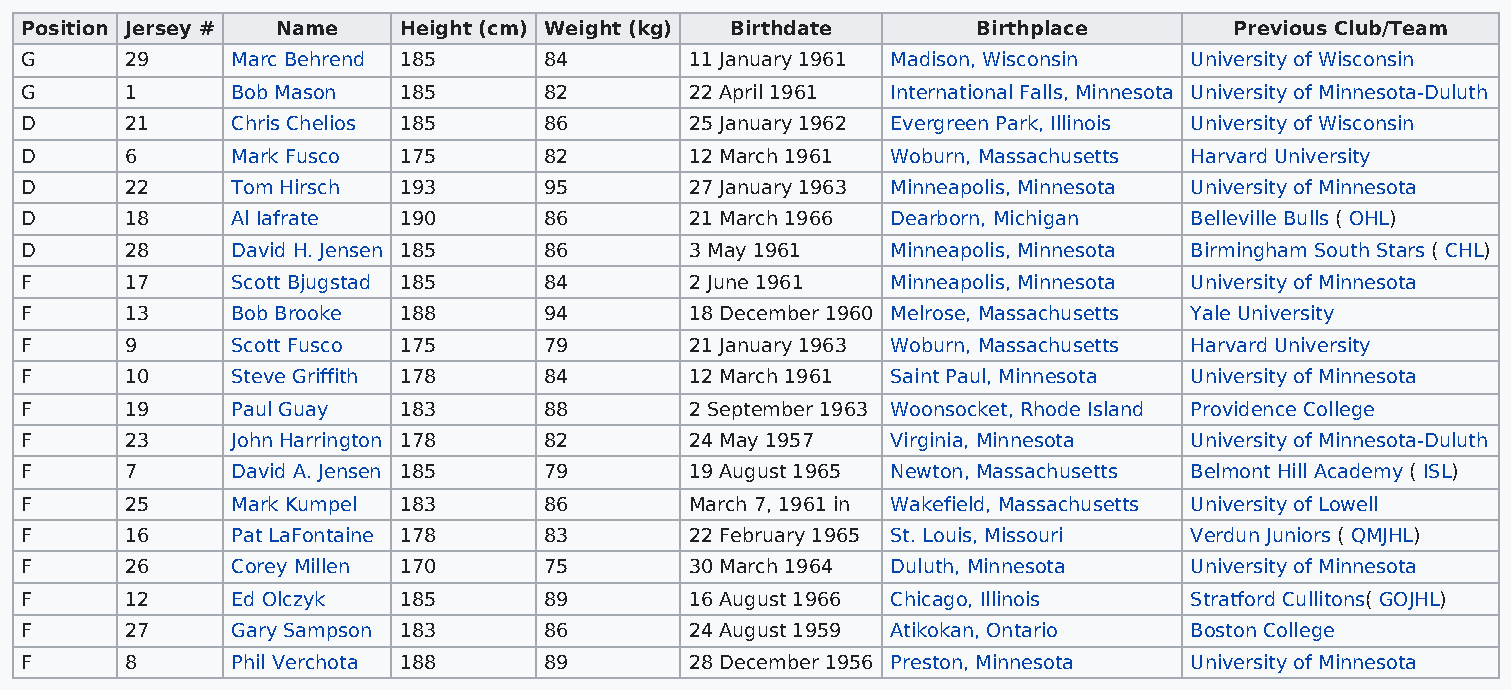
Position Jersey # Name   Height (cm) Weight (kg) Birthdate      Birthplace       Previous Club/Team
 G      29     Marc Behrend 185     84        11 January 1961 Madison, Wisconsin University of Wisconsin
 G      1      Bob Mason  185       82        22 April 1961 International Falls, Minnesota University of Minnesota-Duluth
 D      21     Chris Chelios 185    86        25 January 1962 Evergreen Park, Illinois University of Wisconsin
 D      6      Mark Fusco 175       82        12 March 1961 Woburn, Massachusetts Harvard University
 D      22     Tom Hirsch 193       95        27 January 1963 Minneapolis, Minnesota University of Minnesota
 D      18     Al Iafrate 190       86        21 March 1966 Dearborn, Michigan Belleville Bulls ( OHL)
 D      28     David H. Jensen 185  86        3 May 1961   Minneapolis, Minnesota Birmingham South Stars ( CHL)
 F      17     Scott Bjugstad 185   84        2 June 1961  Minneapolis, Minnesota University of Minnesota
 F      13     Bob Brooke 188       94        18 December 1960 Melrose, Massachusetts Yale University
 F      9      Scott Fusco 175      79        21 January 1963 Woburn, Massachusetts Harvard University
 F      10     Steve Griffith 178   84        12 March 1961 Saint Paul, Minnesota University of Minnesota
 F      19     Paul Guay  183       88        2 September 1963 Woonsocket, Rhode Island Providence College
 F      23     John Harrington 178  82        24 May 1957  Virginia, Minnesota University of Minnesota-Duluth
 F      7      David A. Jensen 185  79        19 August 1965 Newton, Massachusetts Belmont Hill Academy ( ISL)
 F      25     Mark Kumpel 183      86        March 7, 1961 in Wakefield, Massachusetts University of Lowell
 F      16     Pat LaFontaine 178   83        22 February 1965 St. Louis, Missouri Verdun Juniors ( QMJHL)
 F      26     Corey Millen 170     75        30 March 1964 Duluth, Minnesota  University of Minnesota
 F      12     Ed Olczyk  185       89        16 August 1966 Chicago, Illinois Stratford Cullitons( GOJHL)
 F      27     Gary Sampson 183     86        24 August 1959 Atikokan, Ontario Boston College
 F      8      Phil Verchota 188    89        28 December 1956 Preston, Minnesota University of Minnesota